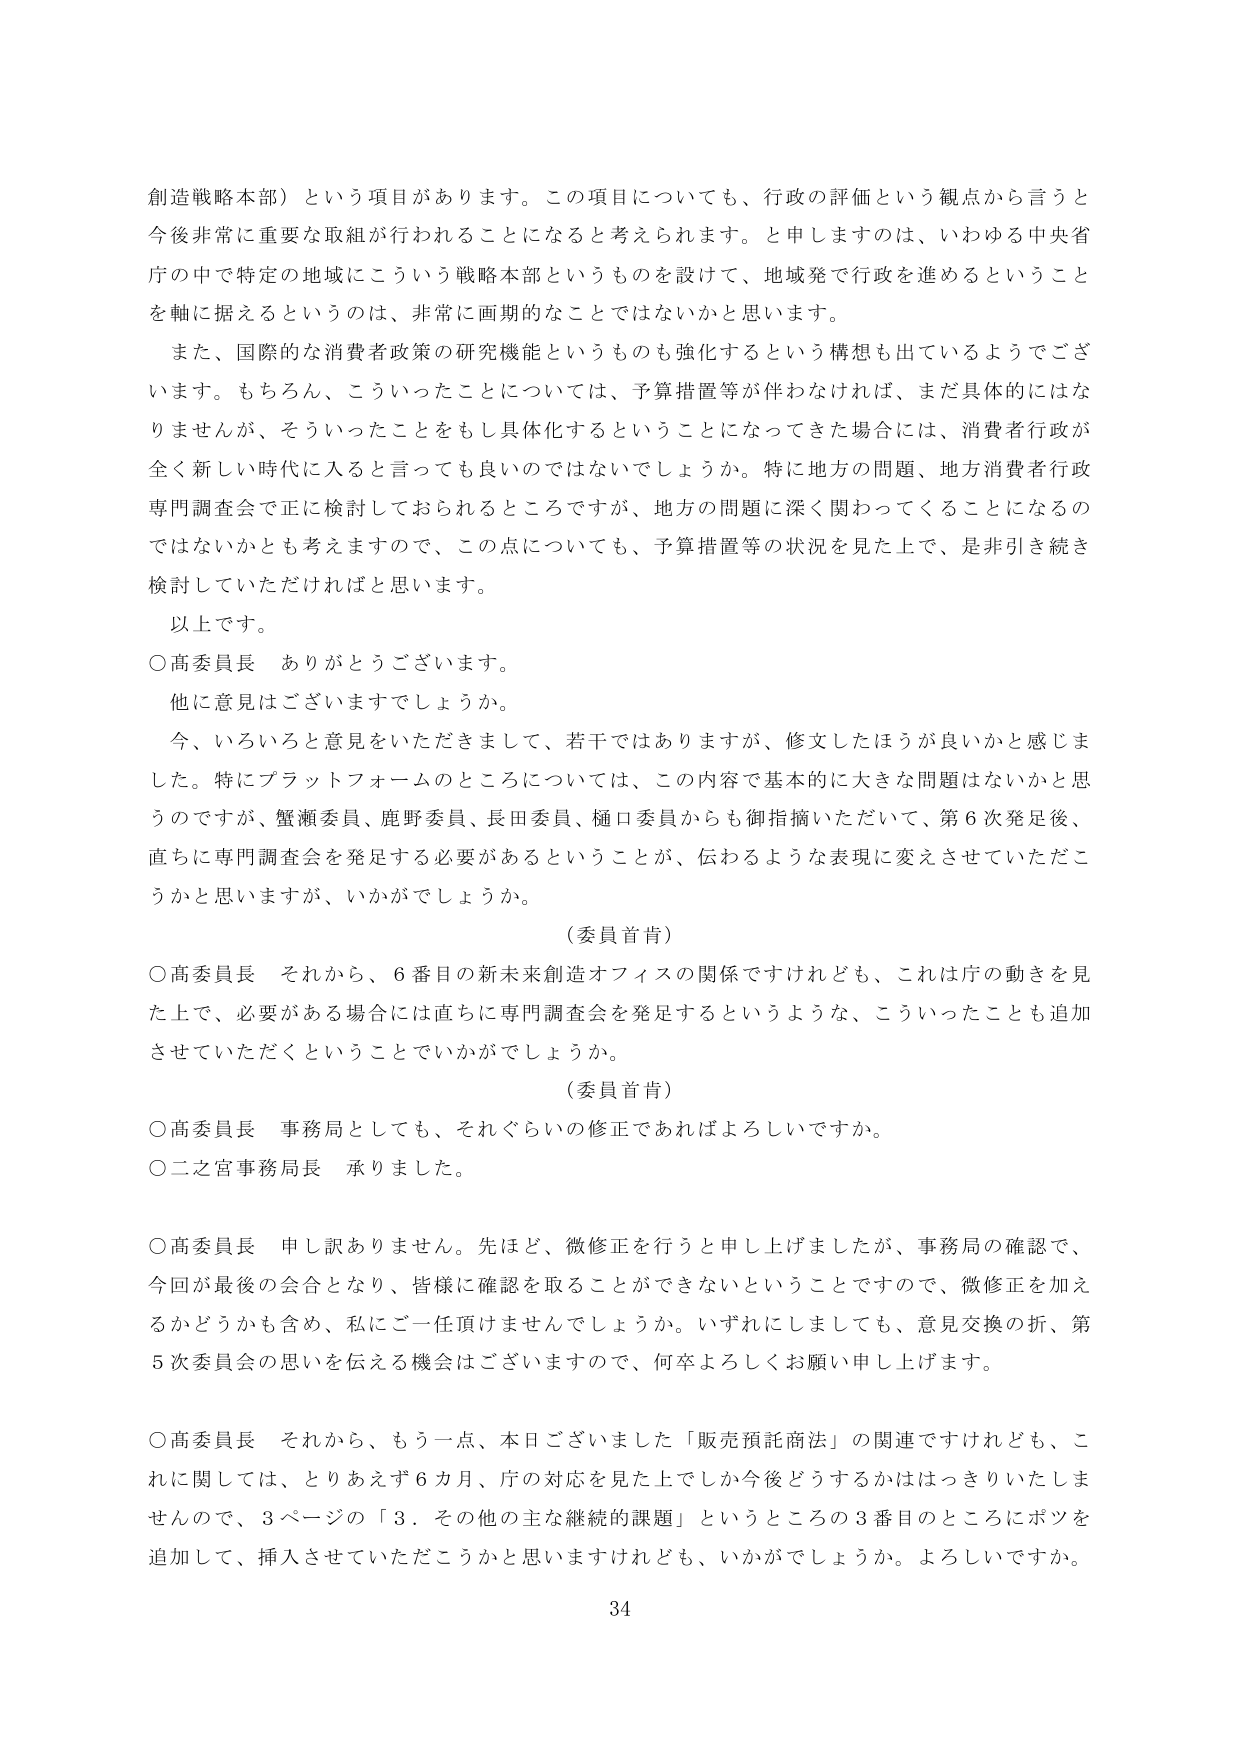
創造戦略本部）という項目があります。この項目についても、行政の評価という観点から言うと今後非常に重要な取組が行われることになると考えられます。と申しますのは、いわゆる中央省庁の中で特定の地域にこういう戦略本部というものを設けて、地域発で行政を進めるということを軸に据えるというのは、非常に画期的なことではないかと思います。

また、国際的な消費者政策の研究機能というのも強化するという構想も出ているようでございます。もちろん、こういったことについては、予算措置等が伴わなければ、まだ具体的にはなりませんが、そういったことをもし具体化するということになってきた場合には、消費者行政が全く新しい時代に入ると言っても良いのではないでしょうか。特に地方の問題、地方消費者行政専門調査会で正に検討しておられるところですが、地方の問題に深く関わってくることになるのではないかとも考えますので、この点についても、予算措置等の状況を見た上で、是非引き続き検討していただければと思います。

以上です。

○高委員長　ありがとうございます。
他に意見はございますでしょうか。
今、いろいろと意見をいただきまして、若干ではありますが、修文したほうが良いかと感じました。特にプラットフォームのところについては、この内容で基本的に大きな問題はないかと思うのですが、蟹瀬委員、鹿野委員、長田委員、樋口委員からも御指摘いただいて、第6次発足後、直ちに専門調査会を発足する必要があるということが、伝わるような表現に変えさせていただこうかと思いますが、いかがでしょうか。

（委員首肯）

○高委員長　それから、6番目の新未来創造オフィスの関係ですけれども、これは庁の動きを見た上で、必要がある場合には直ちに専門調査会を発足するというような、こういったことも追加させていただくということでいかがでしょうか。

（委員首肯）

○高委員長　事務局としても、それぐらいの修正であればよろしいですか。
○二之宮事務局長　承りました。

○高委員長　申し訳ありません。先ほど、微修正を行うと申し上げましたが、事務局の確認で、今回が最後の会合となり、皆様に確認を取ることができないということで、微修正を加えるかどうかも含め、私にご一任頂けませんでしょうか。いずれにしましても、意見交換の折、第5次委員会の思いを伝える機会はございますので、何卒よろしくお願い申し上げます。

○高委員長　それから、もう一点、本日ございました「販売預託商法」の関連ですけれども、これに関しては、とりあえず6カ月、庁の対応を見た上でしか今後どうするかはっきりいたしませんので、3ページの「3．その他の主な継続的課題」というところの3番目のところにボツを追加して、挿入させていただこうかと思いますけれども、いかがでしょうか。よろしいですか。

34